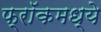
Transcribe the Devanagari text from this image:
फ्रॉकमध्ये